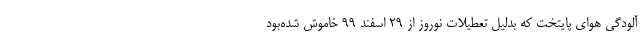
آلودگی هوای پایتخت که بدلیل تعطیلات نوروز از ۲۹ اسفند ۹۹ خاموش شده‌بود